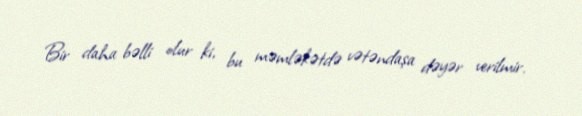
Bir daha bəlli olur ki, bu məmləkətdə vətəndaşa dəyər verilmir.